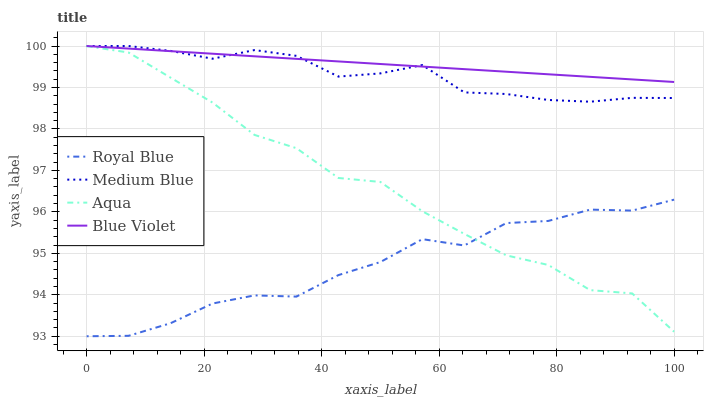
| xaxis_label | Royal Blue | Medium Blue | Aqua | Blue Violet |
 | --- | --- | --- | --- | --- |
 | 0 | 93 | 100 | 100 | 100 |
 | 7.14 | 93 | 100 | 99.8 | 99.9 |
 | 14.3 | 93.3 | 99.9 | 99.2 | 99.9 |
 | 21.4 | 93.8 | 99.7 | 98.6 | 99.8 |
 | 28.6 | 94 | 99.9 | 97.9 | 99.8 |
 | 35.7 | 94 | 99.8 | 97.5 | 99.7 |
 | 42.9 | 94.5 | 99.3 | 96.8 | 99.6 |
 | 50 | 94.8 | 99.3 | 96.7 | 99.6 |
 | 57.1 | 95.3 | 99.5 | 96 | 99.5 |
 | 64.3 | 95.2 | 98.9 | 95.5 | 99.4 |
 | 71.4 | 95.7 | 98.8 | 95 | 99.4 |
 | 78.6 | 95.8 | 98.7 | 94.7 | 99.3 |
 | 85.7 | 96.1 | 98.7 | 94.1 | 99.3 |
 | 92.9 | 96 | 98.7 | 94 | 99.2 |
 | 100 | 96.3 | 98.7 | 93.1 | 99.1 |